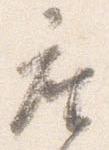
座